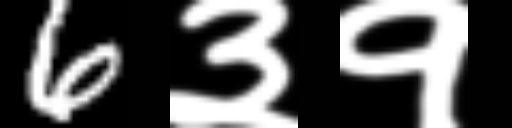
Text: 6३१